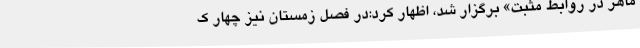
ماهر در روابط مثبت» برگزار شد، اظهار کرد:در فصل زمستان نیز چهار ک